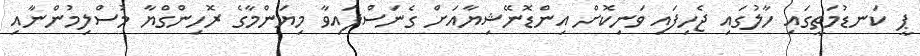
ޕީ ކަނޑުމަތީގައި ހާލުގައި ޖެހިފައި ވަނިކޮށް އިންޑޮނޭޝިޔާއަށް ގެނަސްފައިވާ މިޔަންމާގެ ރޮހިންގްޔާ މުސްލިމުންނާއި